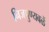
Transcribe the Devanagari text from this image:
निजपुण्यबळें